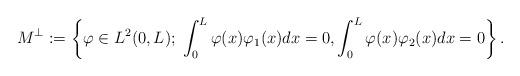
LaTeX: \begin{align*}M^{\perp}:=\left\{\varphi\in L^2(0,L);\; \int_0^L \varphi(x)\varphi_1(x)dx=0,\int_0^L \varphi(x)\varphi_2(x)dx=0\right\}.\end{align*}